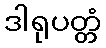
ဒါရုပတ္တံ